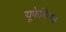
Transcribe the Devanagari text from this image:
यूफेमिस्म्स